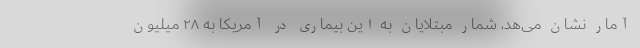
آمار نشان می‌هد، شمار مبتلایان به این بیماری در آمریکا به ۲۸ میلیون